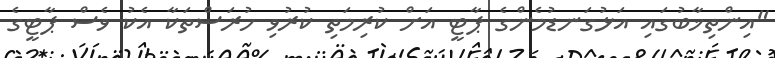
"އިންތިޚާބުގައި އަޅުގަނޑުމެންގެ ޕާޓީ އަށް ކުރިމަތި ކުރުވި ހުރަސްތަކާ އެކު ވެސް ޕާޓީގެ